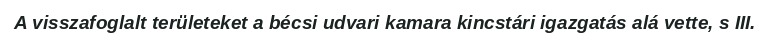
A visszafoglalt területeket a bécsi udvari kamara kincstári igazgatás alá vette, s III.